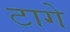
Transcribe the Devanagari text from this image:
टागे